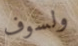
ولسوف